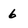
Character: 6